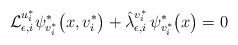
\begin{align*}\mathcal{L}_{\epsilon, i}^{u_i^{\ast}} \psi_{v_i^{\ast}}^{\ast} \bigl(x, v_i^{\ast}\bigr) + \hat{\lambda}_{\epsilon, i}^{v_i^{\ast}} \, \psi_{v_i^{\ast}}^{\ast} \bigl(x \bigr) = 0 \end{align*}